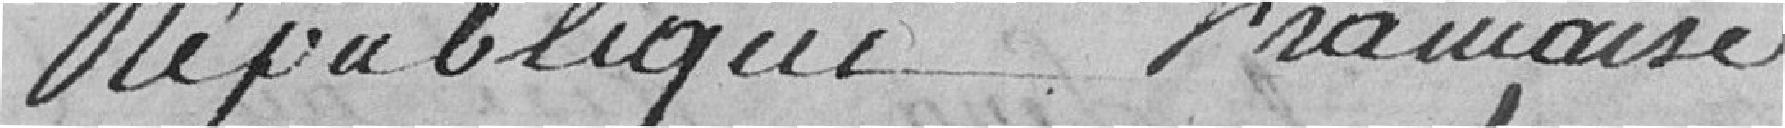
République Française